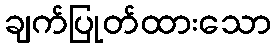
ချက်ပြုတ်ထားသော